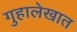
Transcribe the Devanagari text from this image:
गुहालेखात